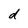
Character: d